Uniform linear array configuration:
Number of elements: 4
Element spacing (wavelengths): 1
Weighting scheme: exponential
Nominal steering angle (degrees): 60
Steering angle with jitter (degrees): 61.373
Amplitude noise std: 0.05
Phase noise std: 0.05

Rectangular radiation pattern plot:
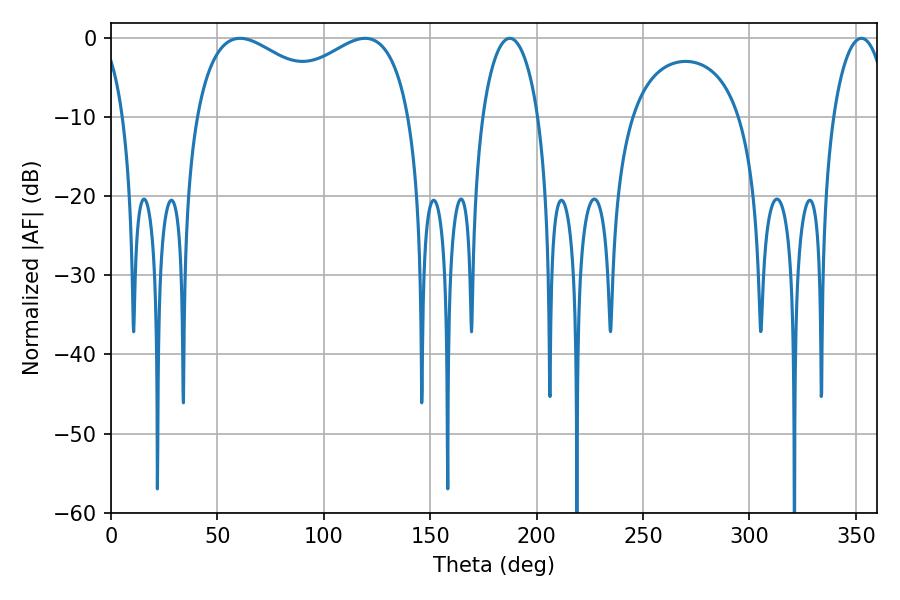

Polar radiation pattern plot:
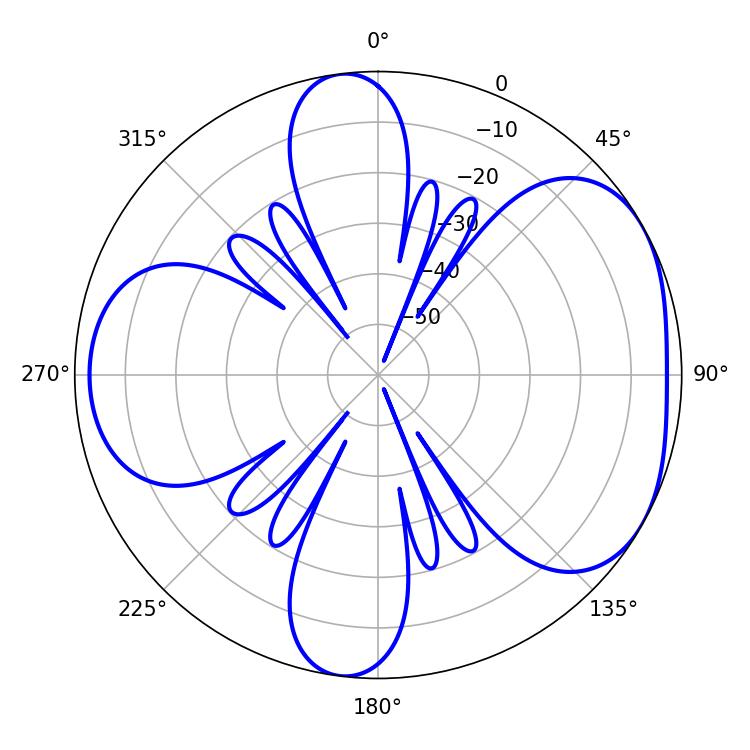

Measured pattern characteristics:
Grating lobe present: TRUE
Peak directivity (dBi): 4.702
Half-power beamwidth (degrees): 14.94
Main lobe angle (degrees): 187.38